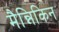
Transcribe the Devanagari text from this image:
मैन्निकिन